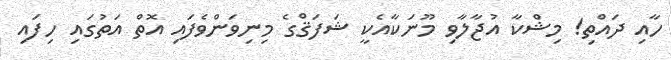
ހާއި ދައްތި! މިޝްކާ އުޖާލާވި މޫނަކާއެކީ ޝަފަޤްގެ މިނިވަންވެފައި އޮތް އަތުގައި ހިފައި